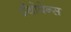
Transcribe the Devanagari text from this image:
ईंथोवेन्स